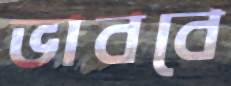
ভাববে